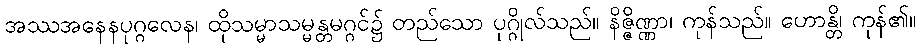
အဿအနေနပုဂ္ဂလေန၊ ထိုသမ္မာသမ္မန္တမဂ္ဂင်၌ တည်သော ပုဂ္ဂိုလ်သည်။ နိဇ္ဇိဏ္ဏာ၊ ကုန်သည်။ ဟောန္တိ၊ ကုန်၏။